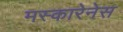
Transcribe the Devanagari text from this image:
मस्कारेनेस